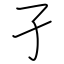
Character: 孑